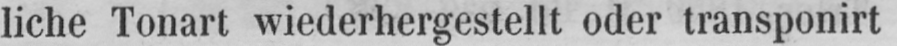
liche Tonart wiederhergestellt oder transponirt